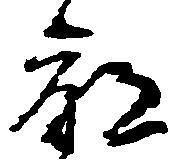
命